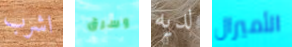
اشرب وسرق لديه الأميرال